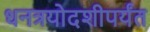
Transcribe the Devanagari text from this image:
धनत्रयोदशीपर्यंत